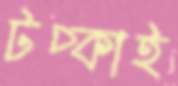
টপ্‌কাই